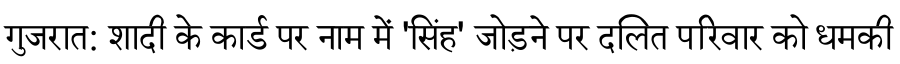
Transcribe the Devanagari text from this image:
गुजरात: शादी के कार्ड पर नाम में 'सिंह' जोड़ने पर दलित परिवार को धमकी